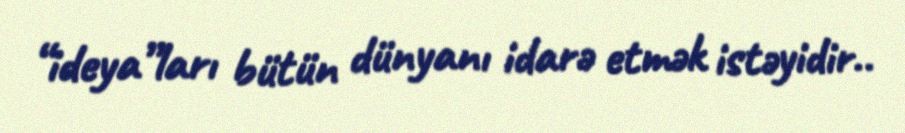
“ideya”ları bütün dünyanı idarə etmək istəyidir..